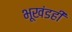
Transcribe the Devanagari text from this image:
भूखंडही